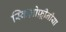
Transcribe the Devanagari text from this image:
स्किज़ोफ़्रीनीया